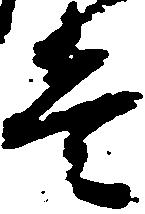
壹